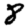
Digit: 8